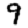
Digit: 9